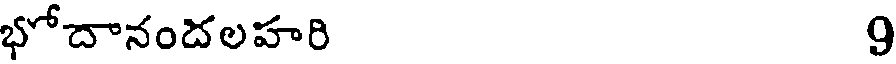
భోదానందలహరి 9